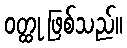
ဝတ္ထု ဖြစ်သည်။